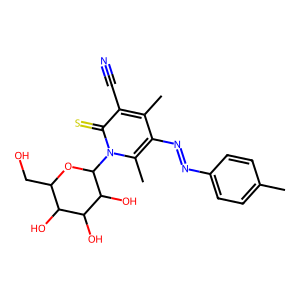
SMILES: Cc1ccc(N=Nc2c(C)c(C#N)c(=S)n(C3OC(CO)C(O)C(O)C3O)c2C)cc1
Inhibits HIV replication: No